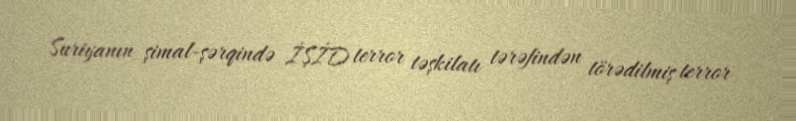
Suriyanın şimal-şərqində İŞİD terror təşkilatı tərəfindən törədilmiş terror